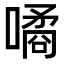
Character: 噊